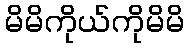
မိမိကိုယ်ကိုမိမိ